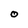
Character: O